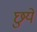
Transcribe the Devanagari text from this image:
छुयें